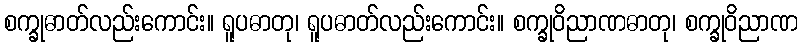
စက္ခုဓာတ်လည်းကောင်း။ ရူပဓာတု၊ ရူပဓာတ်လည်းကောင်း။ စက္ခုဝိညာဏဓာတု၊ စက္ခုဝိညာဏ